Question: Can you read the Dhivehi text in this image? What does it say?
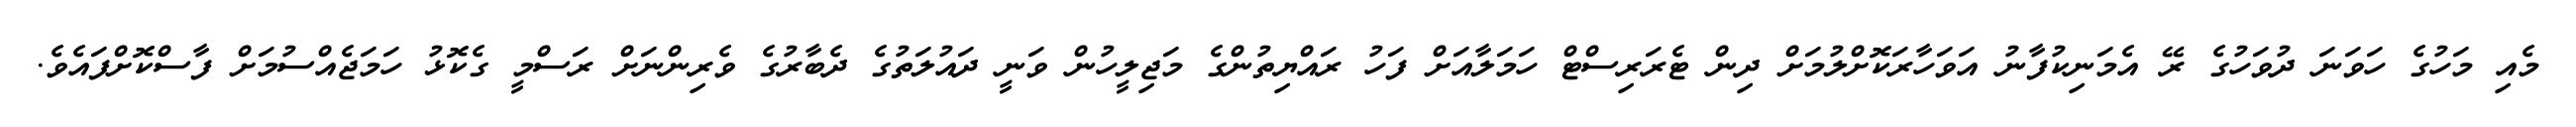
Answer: މެއި މަހުގެ ހަވަނަ ދުވަހުގެ ރޭ އެމަނިކުފާނު އަވަހާރަކޮށްލުމަށް ދިން ޓެރަރިސްޓް ހަމަލާއަށް ފަހު ރައްޔިތުންގެ މަޖިލީހުން ވަނީ ދައުލަތުގެ ދެބާރުގެ ވެރިންނަށް ރަސްމީ ގެކޮޅު ހަމަޖެއްސުމަށް ފާސްކޮށްފައެވެ.